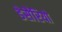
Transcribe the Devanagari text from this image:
डेसैरियो